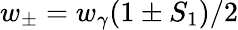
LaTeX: w_{\pm}=w_{\gamma}(1\pm S_{1})/2